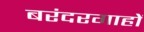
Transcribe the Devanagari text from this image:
बरंदरगाहों